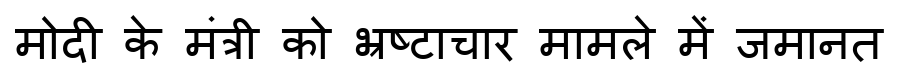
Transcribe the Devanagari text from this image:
मोदी के मंत्री को भ्रष्टाचार मामले में जमानत